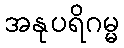
အနုပရိဂမ္မ